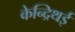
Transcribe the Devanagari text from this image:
केन्द्रिथई